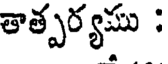
తాత్పర్యము :